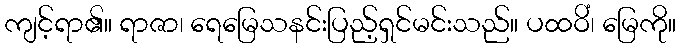
ကျင့်ရာ၏။ ရာဇာ၊ ရေမြေသနင်းပြည့်ရှင်မင်းသည်။ ပထဝိံ၊ မြေကို။